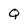
Character: Q